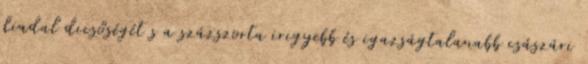
diadal dicsőségét s a százszorta irigyebb és igazságtalanabb császári